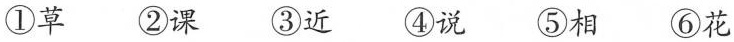
①草 2课 ③ 5相 ⑥花